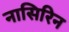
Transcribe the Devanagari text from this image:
नासिरिन